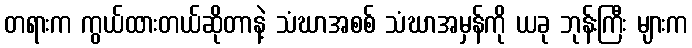
တရားက ကွယ်ထားတယ်ဆိုတာနဲ့ သံဃာအစစ် သံဃာအမှန်ကို ယခု ဘုန်းကြီး များက